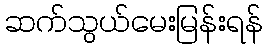
ဆက်သွယ်မေးမြန်းရန်